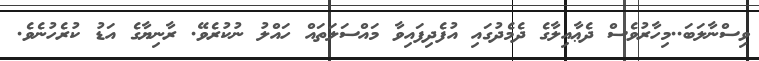
ވިސްނާލަބަ..މިހާރުވެސް ދެޢާއިލާގެ ދެމެދުގައި އުފެދިފައިވާ މައްސަލަތައް ހައްލު ނުކުރެވޭ. ރާނިޔާގެ އަޑު ކުރެހުނެވެ.